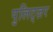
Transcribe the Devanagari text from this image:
पुलिट्ज़र